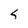
Character: s